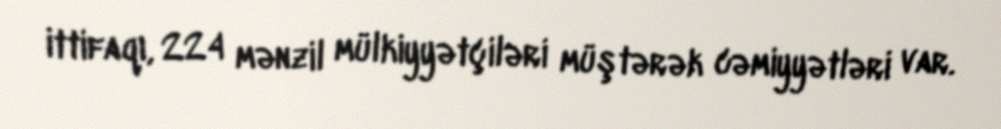
ittifaqı, 224 mənzil mülkiyyətçiləri müştərək cəmiyyətləri var.